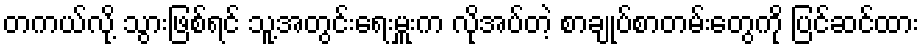
တကယ်လို့ သွားဖြစ်ရင် သူ့အတွင်းရေးမှူးက လိုအပ်တဲ့ စာချုပ်စာတမ်းတွေကို ပြင်ဆင်ထား